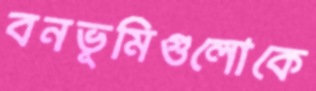
বনভূমিগুলোকে